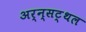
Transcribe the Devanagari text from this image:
अर्न्सट्थल